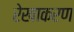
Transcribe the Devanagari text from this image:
रेखाकरण